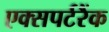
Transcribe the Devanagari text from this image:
एक्सपर्टरैंक